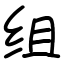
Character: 组